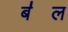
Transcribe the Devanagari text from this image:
ब॑ल